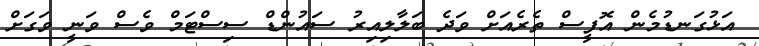
އަޅުގަނޑުމެން އޮފީސް ތެރެއަށް ވަދެ ބަލާލިއިރު ސައުންޑް ސިސްޓަމް ވެސް ވަނީ ވަގަށް